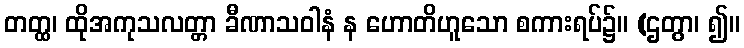
တတ္ထ၊ ထိုအကုသလတ္တာ ခီဏာသဝါနံ န ဟောတိဟူသော စကားရပ်၌။ (ဌတွာ၊ ၍။